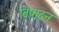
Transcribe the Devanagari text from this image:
विषादन